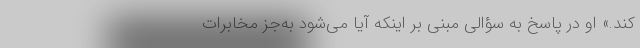
‌کند.» او در پاسخ به سؤالی مبنی بر اینکه آیا می‌شود به‌جز مخابرات